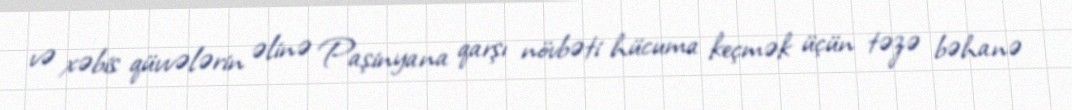
və xəbis qüvvələrin əlinə Paşinyana qarşı növbəti hücuma keçmək üçün təzə bəhanə